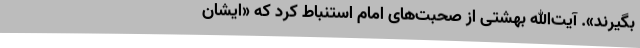
بگیرند». آیت‌الله بهشتی‌ از صحبت‌های‌ امام‌ استنباط‌ کرد که‌ «ایشان‌